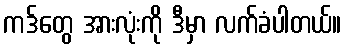
ကဒ်တွေ အားလုံးကို ဒီမှာ လက်ခံပါတယ်။